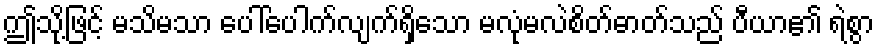
ဤသို့ဖြင့် မသိမသာ ပေါ်ပေါက်လျက်ရှိသော မလုံမလဲစိတ်ဓာတ်သည် ပီယာ၏ ရဲစွာ